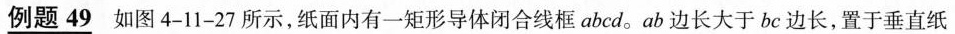
例题49 如图 4 - 1 1 - 2 7 所示，纸面内有一矩形导体闭合线框 a b c d。a b边长大于b c边长，置于垂直纸